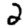
Digit: 2